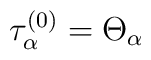
\tau_\alpha^{(0)} = \Theta_\alpha